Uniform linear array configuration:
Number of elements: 16
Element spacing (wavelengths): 0.25
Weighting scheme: hamming
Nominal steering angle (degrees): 30
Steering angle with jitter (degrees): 29.277
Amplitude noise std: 0.05
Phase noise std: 0.05

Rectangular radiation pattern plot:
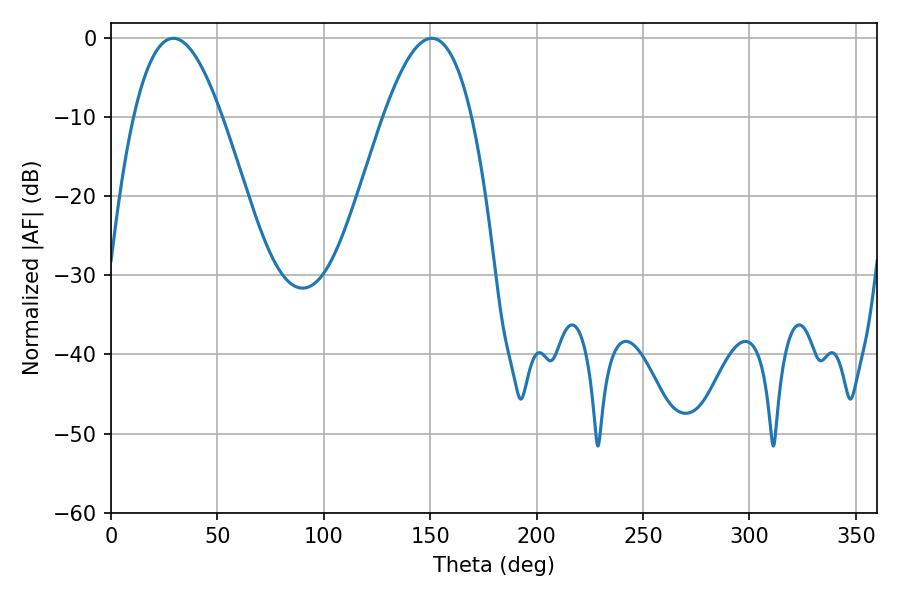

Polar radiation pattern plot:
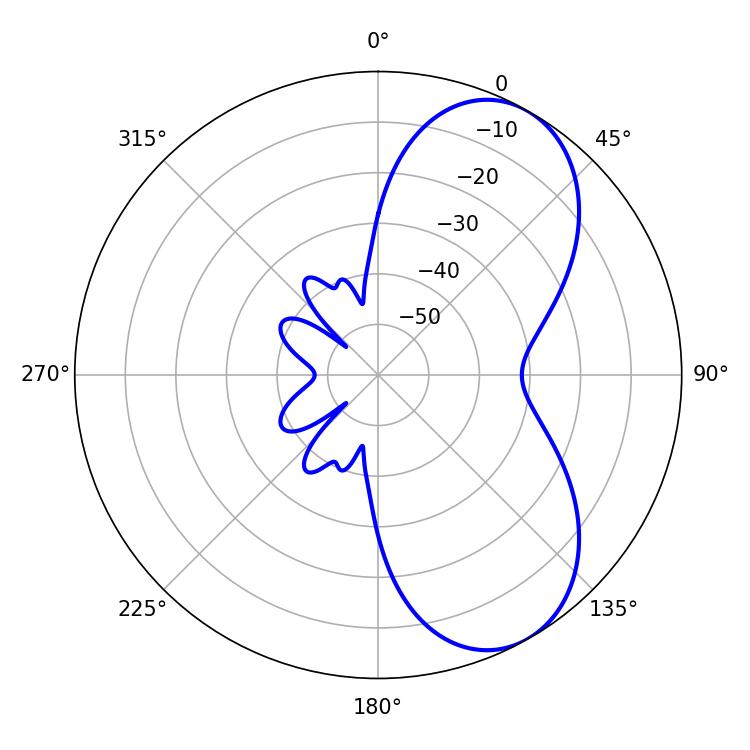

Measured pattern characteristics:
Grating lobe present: FALSE
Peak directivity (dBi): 6.68
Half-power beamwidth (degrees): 22.68
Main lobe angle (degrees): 29.34